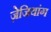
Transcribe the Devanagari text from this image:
ज़ेजियांग